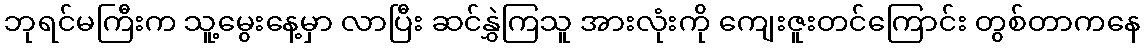
ဘုရင်မကြီးက သူ့မွေးနေ့မှာ လာပြီး ဆင်နွှဲကြသူ အားလုံးကို ကျေးဇူးတင်ကြောင်း တွစ်တာကနေ